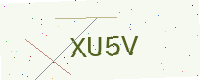
Text: XU5V